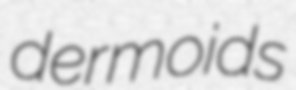
dermoids